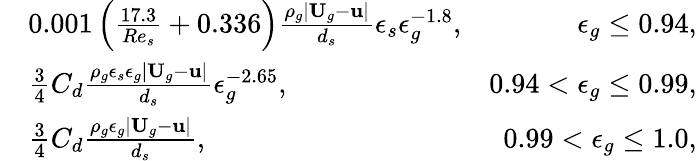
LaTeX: \begin{array}{rlr}&{0.001\left(\frac{17.3}{Re_{s}}+0.336\right)\frac{\rho_{g}|\textbf{U}_{g}-\textbf{u}|}{d_{s}}\epsilon_{s}\epsilon_{g}^{-1.8},}&{\epsilon_{g}\le 0.94,}\\ &{\frac{3}{4}C_{d}\frac{\rho_{g}\epsilon_{s}\epsilon_{g}|\textbf{U}_{g}-\textbf{u}|}{d_{s}}\epsilon_{g}^{-2.65},}&{0.94<\epsilon_{g}\le 0.99,}\\ &{\frac{3}{4}C_{d}\frac{\rho_{g}\epsilon_{g}|\textbf{U}_{g}-\textbf{u}|}{d_{s}},}&{0.99<\epsilon_{g}\le 1.0,}\end{array}